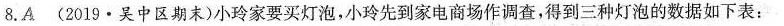
8.A (2019·吴中区期末)小玲家要买灯泡，小玲先到家电商场作调查，得到三种灯泡的数据如下表：